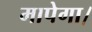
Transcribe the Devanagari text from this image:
मापेगा।